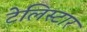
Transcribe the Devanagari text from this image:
टेलिस्टार